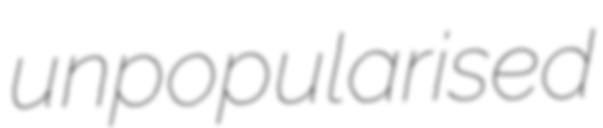
unpopularised